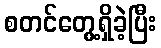
စတင်တွေ့ရှိခဲ့ပြီး